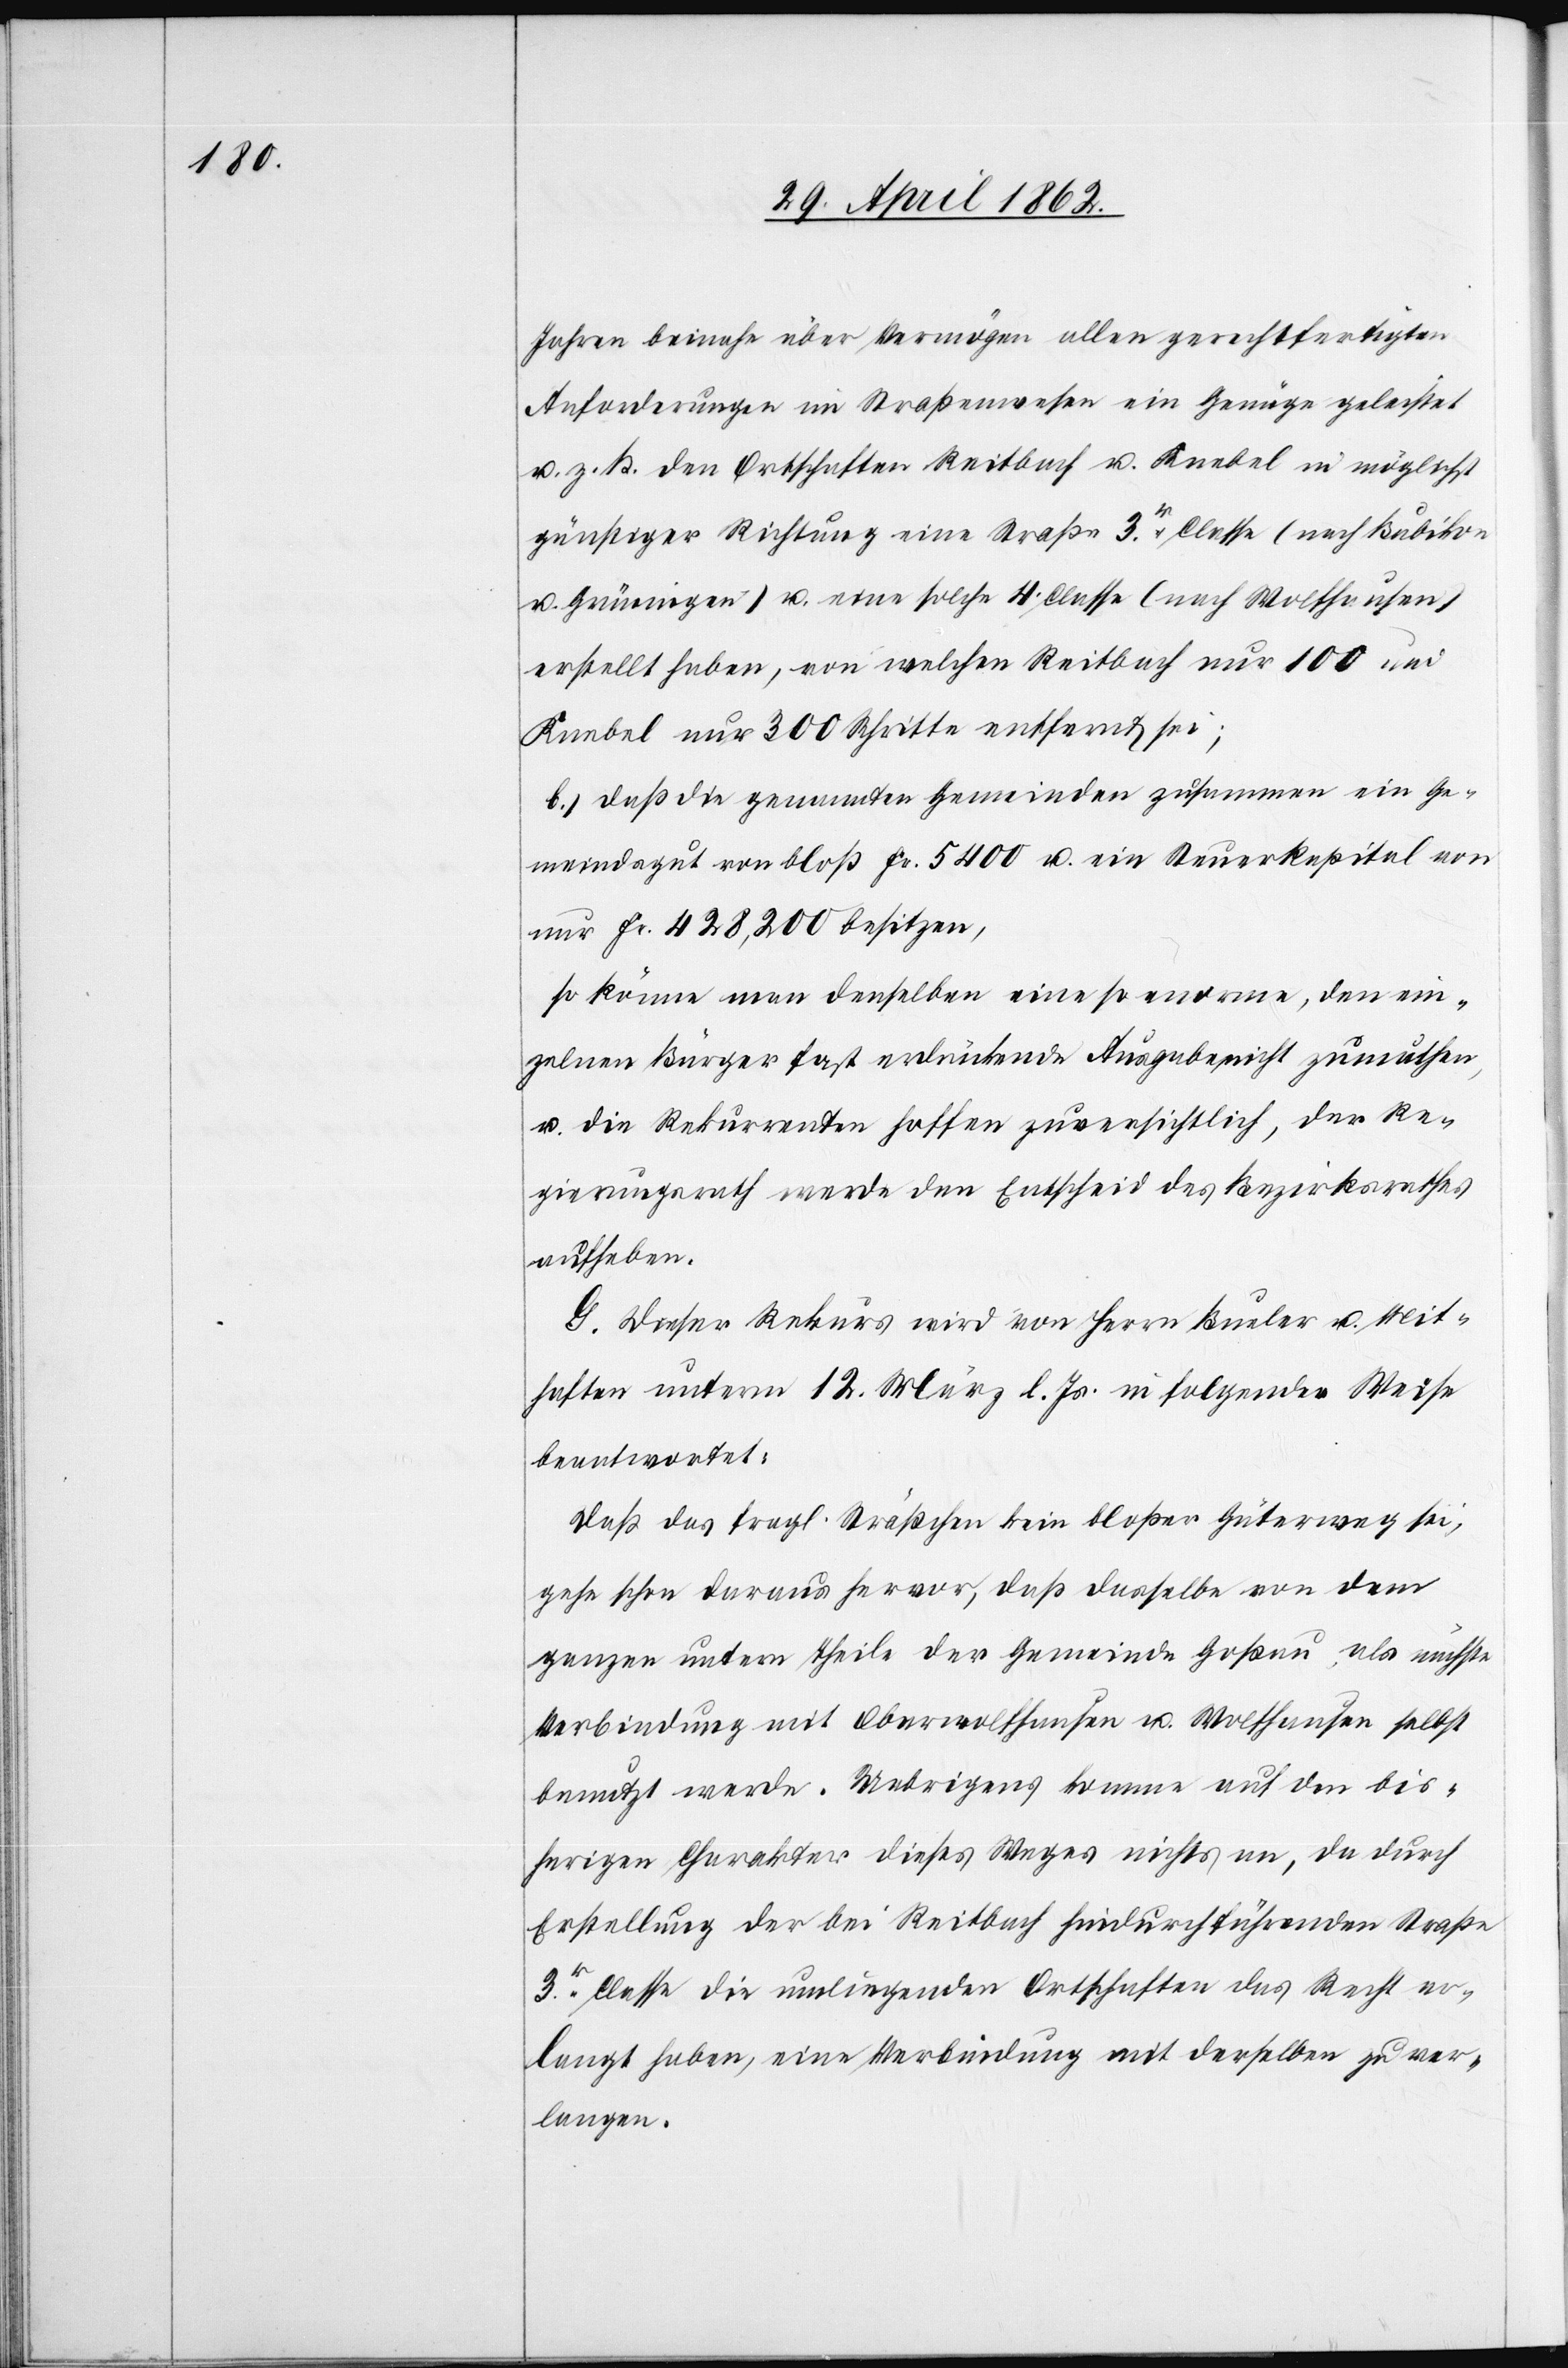
Jahren beinahe über Vermögen allen gerechtfertigten
Anforderungen im Straßenwesen ein Genüge geleistet
u. z. B. den Ortschaften Reitbach u. Knebel in möglichst
günstiger Richtung eine Straße 3r Classe (nach Bubikon
u. Grüningen) u. eine solche 4. Classe (nach Wolfhausen)
erstellt haben, von welchen Reitbach nur 100 und
Knebel nur 300 Schritte entfernt sei;
b) daß die genannten Gemeinden zusammen ein Ge¬
meindsgut von bloß Fr. 5400 u. ein Steuerkapital von
nur Fr. 428,200 besitzen,
so könne man denselben eine so enorme, den ein¬
zelnen Bürger fast erdrückende Ausgabe nicht zumuthen,
u. die Rekurrenten hoffen zuversichtlich, der Re¬
gierungsrath werde den Entscheid des Bezirksrathes
aufheben.
G. Dieser Rekurs wird von Herrn Bueler u. Mit¬
haften unterm 12. März l. Js. in folgender Weise
beantwortet:
Daß das fragl. Sträßchen kein bloßer Güterweg sei,
gehe schon daraus hervor, daß dasselbe von dem
ganzen untern Theile der Gemeinde Goßau als nächste
Verbindung mit Oberwolfhausen u. Wolfhausen selbst
benutzt werde. Uebrigens komme auf den bis¬
herigen Charakter dieses Weges nichts an, da durch
Erstellung der bei Reitbach hindurchführenden Straße
3r. Classe die umliegenden Ortschaften das Recht er¬
langt haben, eine Verbindung mit derselben zu ver¬
langen.